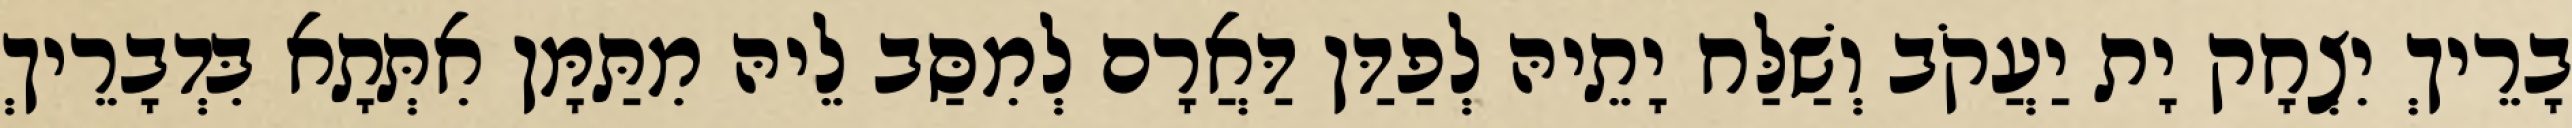
בָרֵיךְ יִצְחָק יָת יַעֲקֹב וְשַׁלַּח יָתֵיהּ לְפַדַּן דַּאֲרָם לְמִסַּב לֵיהּ מִתַּמָּן אִתְּתָא בִּדְבָרֵיךְ